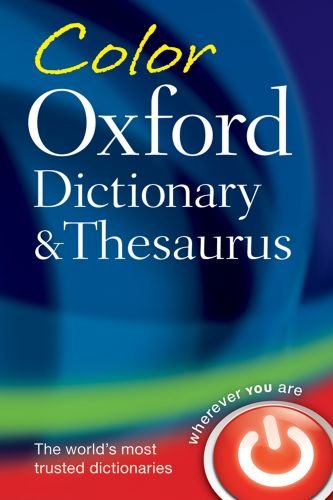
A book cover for Color Dictionary & Thesaurus, 3e; Reference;